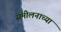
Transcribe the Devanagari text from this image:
संमीलनाच्या